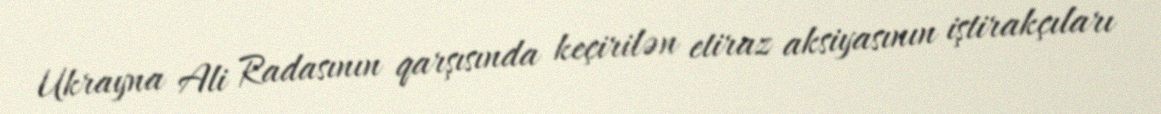
Ukrayna Ali Radasının qarşısında keçirilən etiraz aksiyasının iştirakçıları